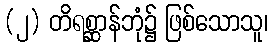
(၂) တိရစ္ဆာန်ဘုံ၌ ဖြစ်သောသူ၊